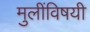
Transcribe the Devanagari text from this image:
मुलींविषयी